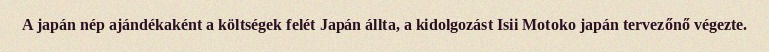
A japán nép ajándékaként a költségek felét Japán állta, a kidolgozást Isii Motoko japán tervezőnő végezte.